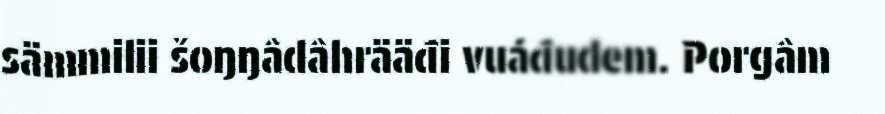
sämmilii šoŋŋâdâhrääđi vuáđudem. Porgâm